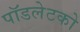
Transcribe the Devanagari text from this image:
पॉडलेटको